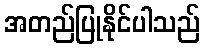
အတည်ပြုနိုင်ပါသည်